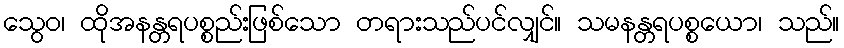
သွေဝ၊ ထိုအနန္တရပစ္စည်းဖြစ်သော တရားသည်ပင်လျှင်။ သမနန္တရပစ္စယော၊ သည်။